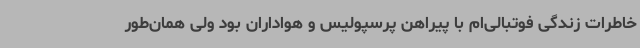
خاطرات زندگی فوتبالی‌ام با پیراهن پرسپولیس و هواداران بود ولی همان‌طور